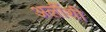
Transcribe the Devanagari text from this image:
अलींशी